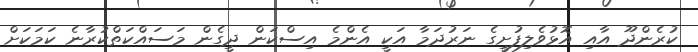
ކުރެންދޫ އާއި އޮޅުވެލިފުށީގެ ނަރުދަމާ އަކީ އެންމެ އިސްކަން ދީގެން މަސައްކަތްކުރާނެ ކަމަކަށް